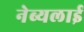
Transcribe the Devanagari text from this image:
नेब्यलाई